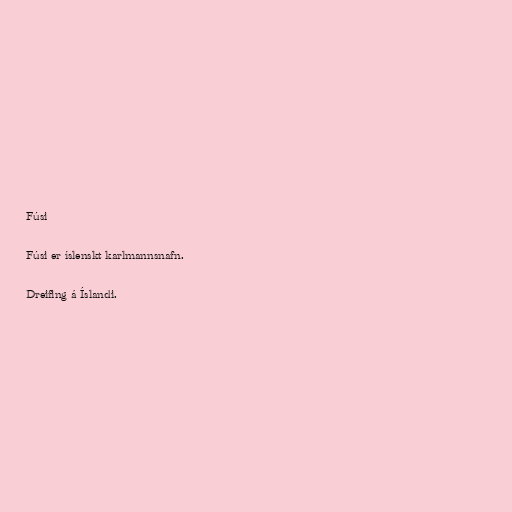
Fúsi

Fúsi er íslenskt karlmannsnafn.

Dreifing á Íslandi.